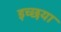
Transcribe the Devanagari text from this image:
इच्छया